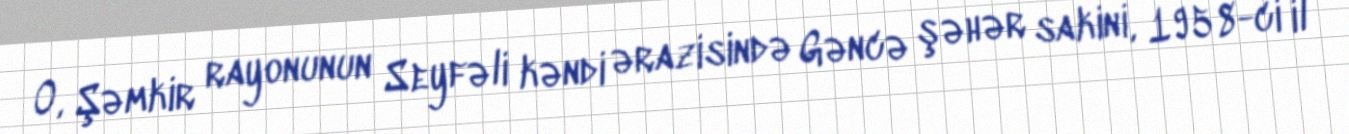
O, Şəmkir rayonunun Seyfəli kəndi ərazisində Gəncə şəhər sakini, 1958-ci il